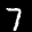
Label: 7